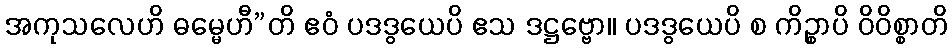
အကုသလေဟိ ဓမ္မေဟီ”တိ ဧဝံ ပဒဒွယေပိ ဧသ ဒဋ္ဌဗ္ဗော။ ပဒဒွယေပိ စ ကိဉ္စာပိ ဝိဝိစ္စာတိ